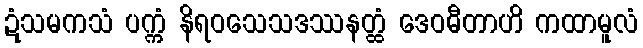
ဍံသမကသံ ပက္ကံ နိရဝသေသဒဿနတ္ထံ ဒေဝဓီတာဟိ ကထာမူလံ